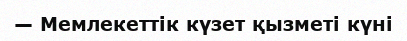
— Мемлекеттік күзет қызметі күні